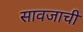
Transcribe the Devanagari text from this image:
सावजाची